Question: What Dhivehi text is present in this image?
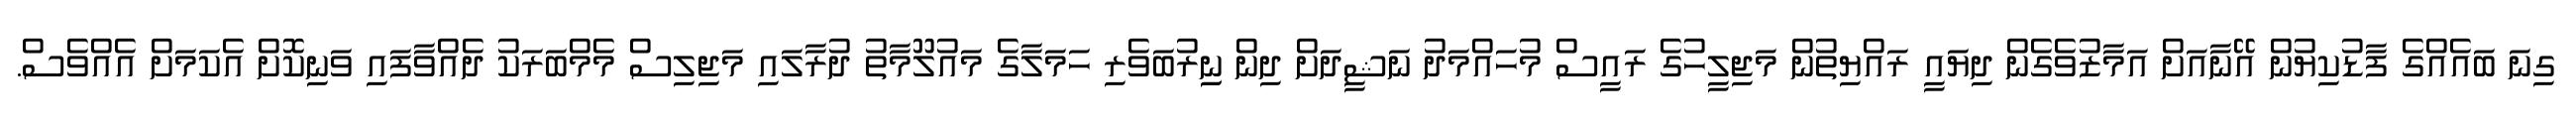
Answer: ގިނަ ބައެއްގެ ފާޑުކިޔުން އޭނާއަށް އަމާޒުވެގެން ދިޔައީ ރައްޔިތުން މަޖިލީހުގެ ރައީސް މުހައްމަދު ނަޝީދަށް ދިން ނިިރުބަވެރި ހަމަލާގެ މައުލޫމާތު ދުރާލައި މަޖިލިސް މެމްބަރަކު ދެއްވާފައި ވަނިކޮށް އެކަމަށް އެއްވެސް.